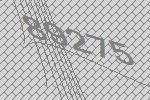
89275